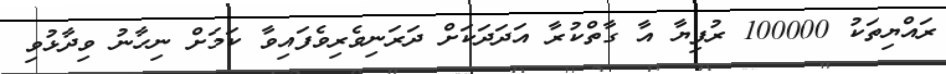
ރައްޔިތަކު 100000 ރުފިޔާ އާ ގާތްކުރާ އަދަދަކަށް ދަރަނިވެރިވެފައިވާ ކަމަށް ނިހާނު ވިދާޅުވި